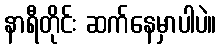
နာရီတိုင်း ဆက်နေမှာပါပဲ။